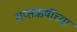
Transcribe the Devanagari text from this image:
सप्तऋषींच्या